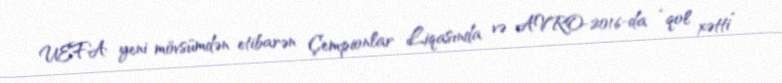
UEFA yeni mövsümdən etibarən Çempionlar Liqasında və AVRO-2016-da “qol xətti”